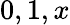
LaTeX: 0,1,x